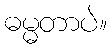
ဓမ္မတာပဲ။